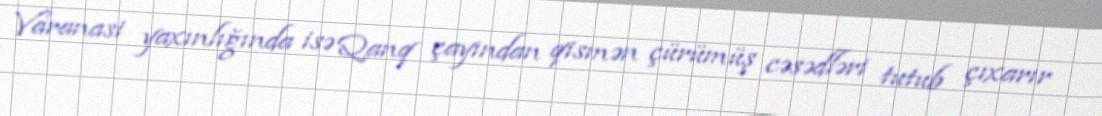
Varanasi yaxınlığında isə Qanq çayından qismən çürümüş cəsədləri tutub çıxarır